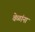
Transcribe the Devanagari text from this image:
वेळांना